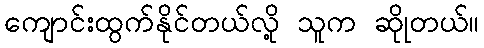
ကျောင်းထွက်နိုင်တယ်လို့ သူက ဆိုုတယ်။